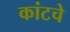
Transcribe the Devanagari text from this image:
कांटचे